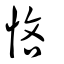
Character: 恡